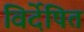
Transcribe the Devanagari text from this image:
विर्देषित